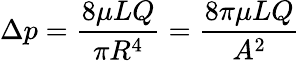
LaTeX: \Delta p={\frac{8\mu LQ}{\pi R^{4}}}={\frac{8\pi\mu LQ}{A^{2}}}